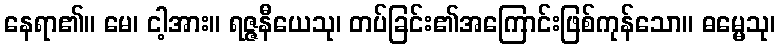
နေရာ၏။ မေ၊ ငါ့အား။ ရဇ္ဇနီယေသု၊ တပ်ခြင်း၏အကြောင်းဖြစ်ကုန်သော။ ဓမ္မေသု၊